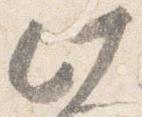
此